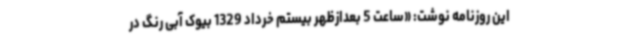
این روزنامه نوشت: «ساعت 5 بعدازظهر بیستم خرداد 1329 بیوک آبی رنگ در